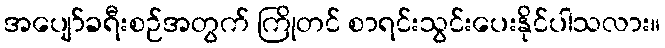
အပျော်ခရီးစဉ်အတွက် ကြိုတင် စာရင်းသွင်းပေးနိုင်ပါသလား။